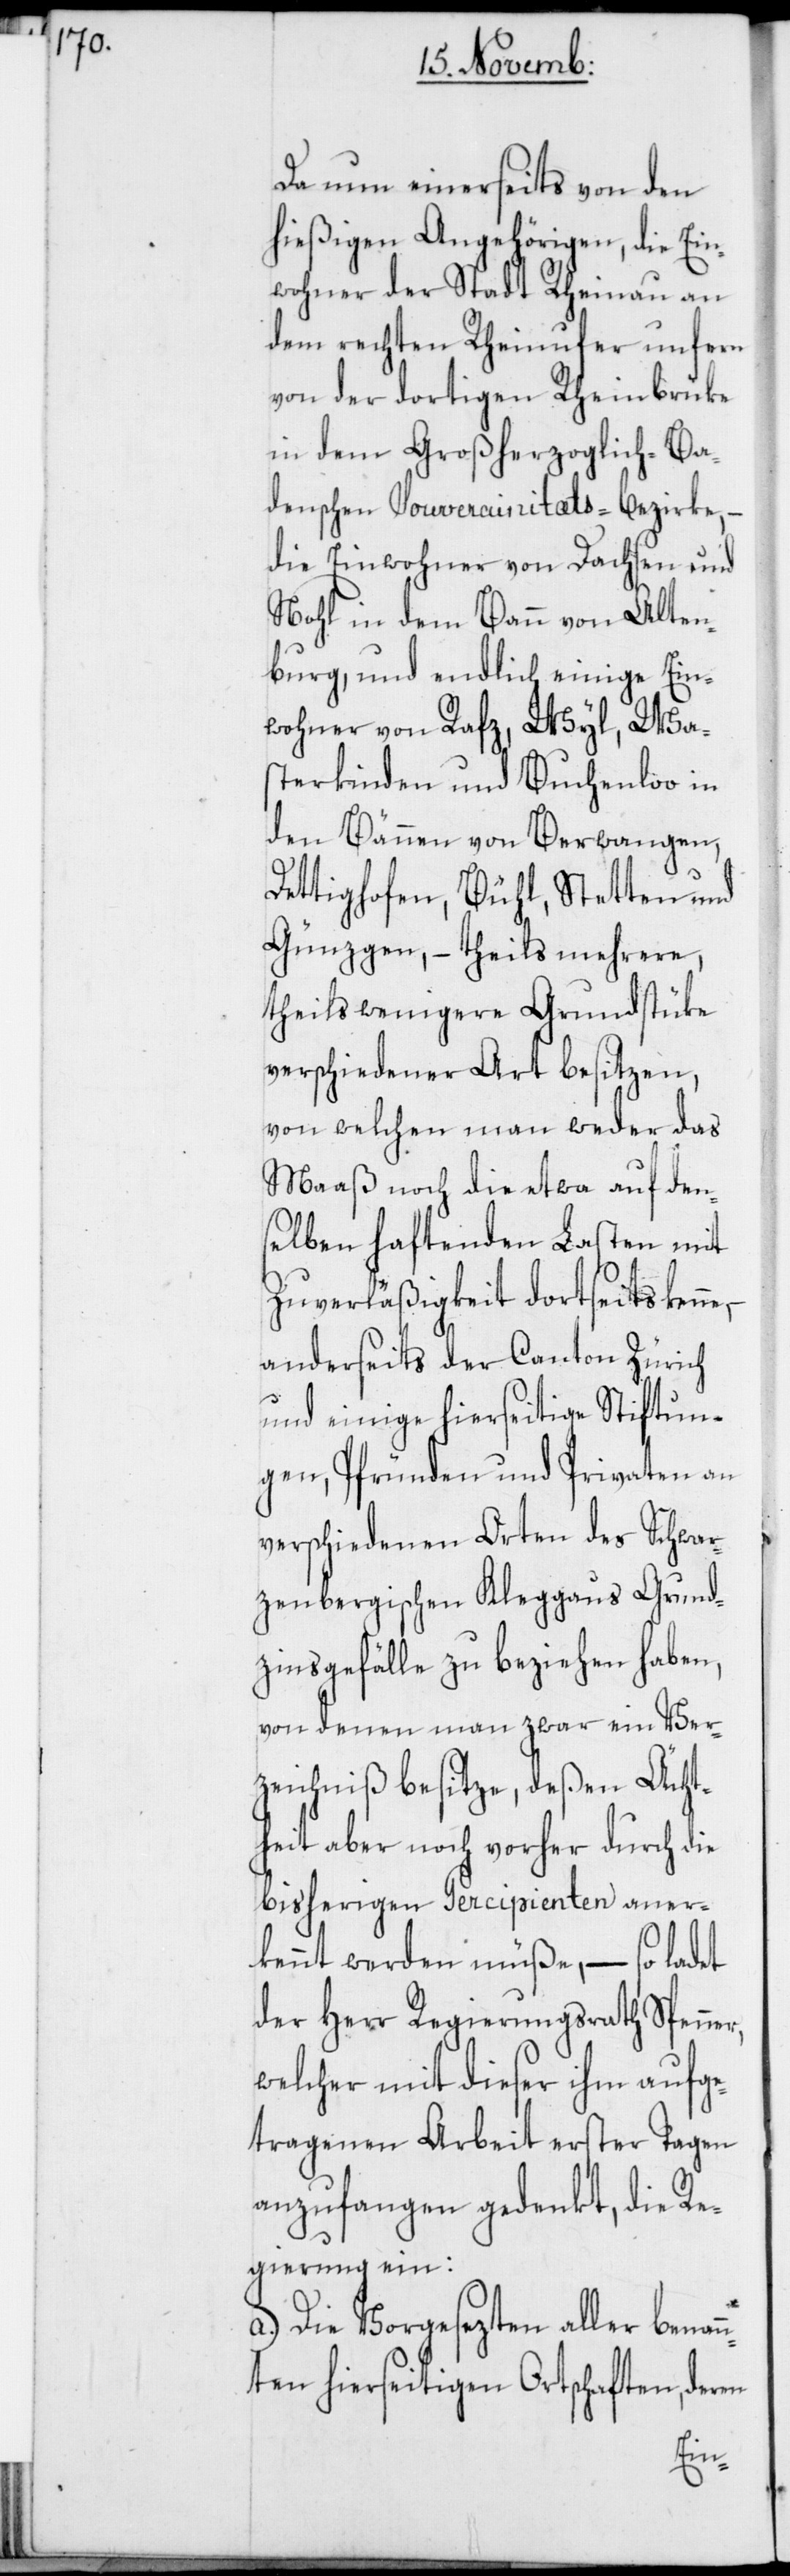
Da nun einerseits von den
hießigen Angehörigen, die Ein¬
wohner der Stadt Rheinau an
dem rechten Rheinufer unfern
von der dortigen Rheinbrüke
in dem Großherzoglich-Ba¬
denschen Souverainitäts-Bezirke,
die Einwohner von Dachsen und
Nohl in dem Bann von Alten¬
burg, und endlich einige Ein¬
wohner von Rafz, Wyl, Wa¬
sterkinden und Buchenloo in
den Bännen von Berwangen,
Dettighofen, Bühl, Stetten und
Günzgen, – theils mehrere,
theils wenigere Grundstücke
verschiedener Art besitzen,
von welchen man weder das
Maaß noch die etwa auf den¬
selben haftenden Lasten mit
Zuverläßigkeit dortseits kenne,
anderseits der Canton Zürich
und einige hierseitige Stiftun¬
gen, Pfründen und Privaten an
verschiedenen Orten des Schwar¬
zenbergischen Kleggaus Grund¬
zinsgefälle zu beziehen haben,
von denen man zwar ein Ver¬
zeichniß besitze, deßen Ächt¬
heit aber noch vorher durch die
bisherigen Percipienten aner¬
kennt werden müße, – so ladet
der Herr Regierungsrath Spenner,
welcher mit dieser ihm aufge¬
tragenen Arbeit erster Tagen
anzufangen gedenkt, die Re¬
gierung ein:
a.) Die Vorgesezten aller benan¬
nten hierseitigen Ortschaften, deren